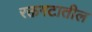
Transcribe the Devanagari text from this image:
रक्तगटातील